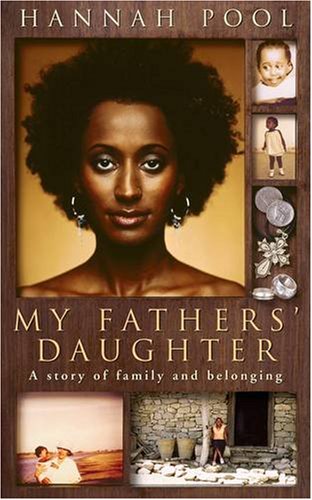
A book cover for My Fathers' Daughter; Hannah Pool; Travel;